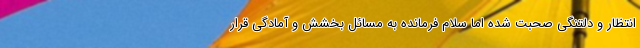
انتظار و دلتنگی صحبت شده اما سلام فرمانده به مسائل بخشش و آمادگی قرار